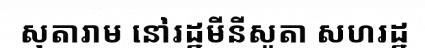
សុតារាម នៅរដ្ឋមីនីសូតា សហរដ្ឋ